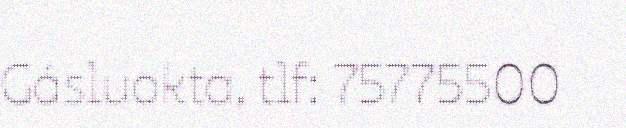
Gásluokta, tlf: 75775500